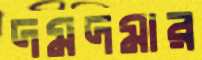
দমদমার